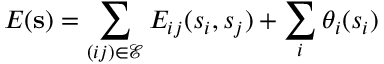
E ( \mathbf { s } ) = \sum _ { ( i j ) \in \mathcal E } E _ { i j } ( s _ { i } , s _ { j } ) + \sum _ { i } \theta _ { i } ( s _ { i } )